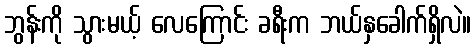
ဘွန်းကို သွားမယ့် လေကြောင်း ခရီးက ဘယ်နှခေါက်ရှိလဲ။